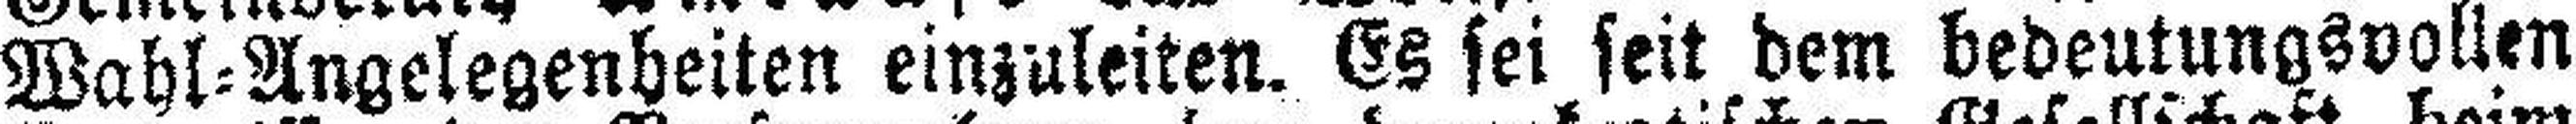
Wahl=Angelegenheiten einzuleiten. Es sei seit dem bedeutungsvollen